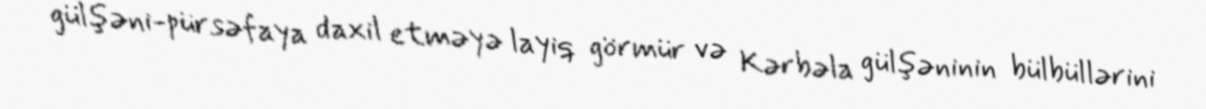
gülşəni-pürsəfaya daxil etməyə layiq görmür və Kərbəla gülşəninin bülbüllərini